Indian journal of veterinary science and animal husbandry - Volumes 15-17, 1948-1951
Year: 1948
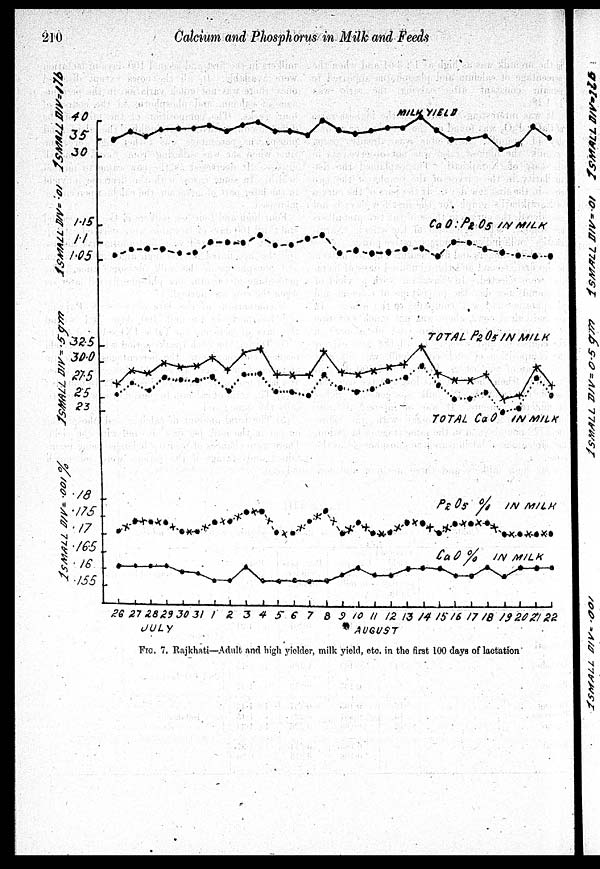
210
Calcium and Phosphorus in Milk and Feeds
FIG 7. Rajkhati—Adult and high yielder, milk yield, etc. in the first 100 days of lactation